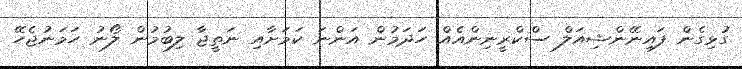
ގުޅިގެން ފައިނޭންޝިއަލް ސްކްރީނިންއެއް ހަދަމުން އަންނަ ކަމަށާއި ނަތީޖާ ލިބުމުން ލޯނު ހަމަނުޖެހޭ